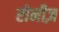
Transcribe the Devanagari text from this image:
रोनीज़